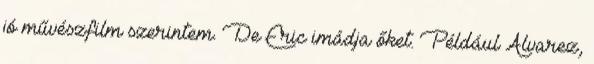
jó művészfilm szerintem. De Eric imádja őket. Például Alvarez,